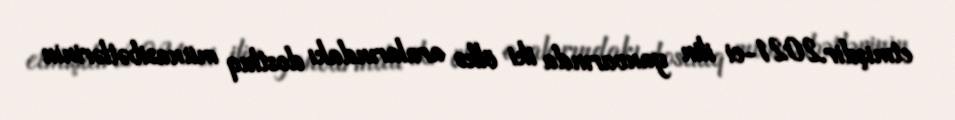
etmişdir.2021-ci ilin yanvarında iki ölkə aralarındakı dostluq münasibətlərinin